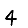
Digit: 4